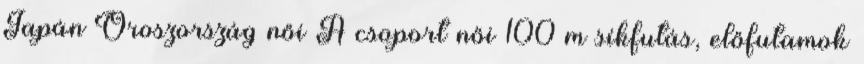
Japán–Oroszország női A csoport női 100 m síkfutás, előfutamok